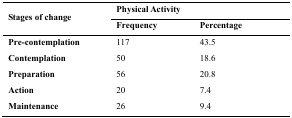
| <ROWSPAN=3> Stages of change | <COLSPAN=2> Physical Activity |
 | Frequency | Percentage |
 | --- | --- | --- |
 | Pre-contemplation | 117 | 43.5 |
 | Contemplation | 50 | 18.6 |
 | Preparation | 56 | 20.8 |
 | Action | 20 | 7.4 |
 | Maintenance | 26 | 9.4 |